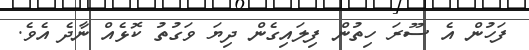
ފަހުން އެ ސޫރަ ހިތުން ފިލައިގެން ދިޔަ ވަގުތު ކޮޅެއް ނާދެ އެވެ.